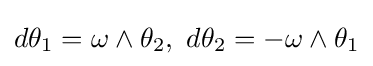
d\theta _{1}=\omega \wedge \theta _{2},\,\,d\theta _{2}=-\omega \wedge \theta _{1}